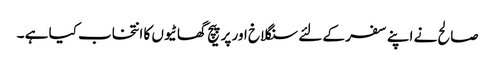
صالح نے اپنے سفر کے لئے سنگلاخ اور پر پیچ گھاٹیوں کا انتخاب کیا ہے ۔